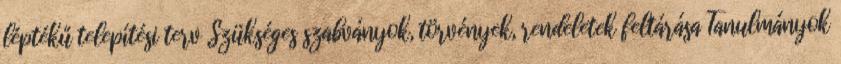
léptékű telepítési terv Szükséges szabványok, törvények, rendeletek feltárása Tanulmányok